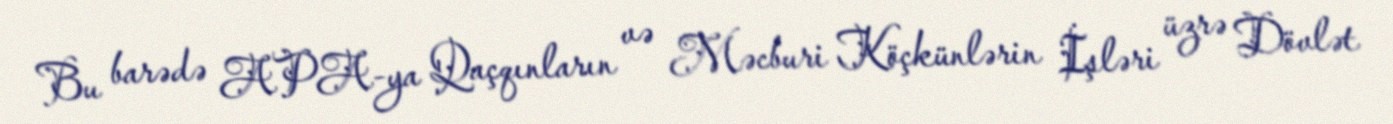
Bu barədə APA-ya Qaçqınların və Məcburi Köçkünlərin İşləri üzrə Dövlət